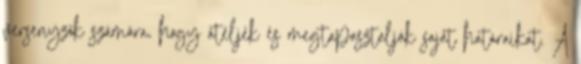
versenyzők számára, hogy átéljék és megtapasztalják saját határaikat. A